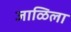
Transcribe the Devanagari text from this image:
जाळिला